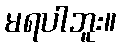
မရပါဘူး။